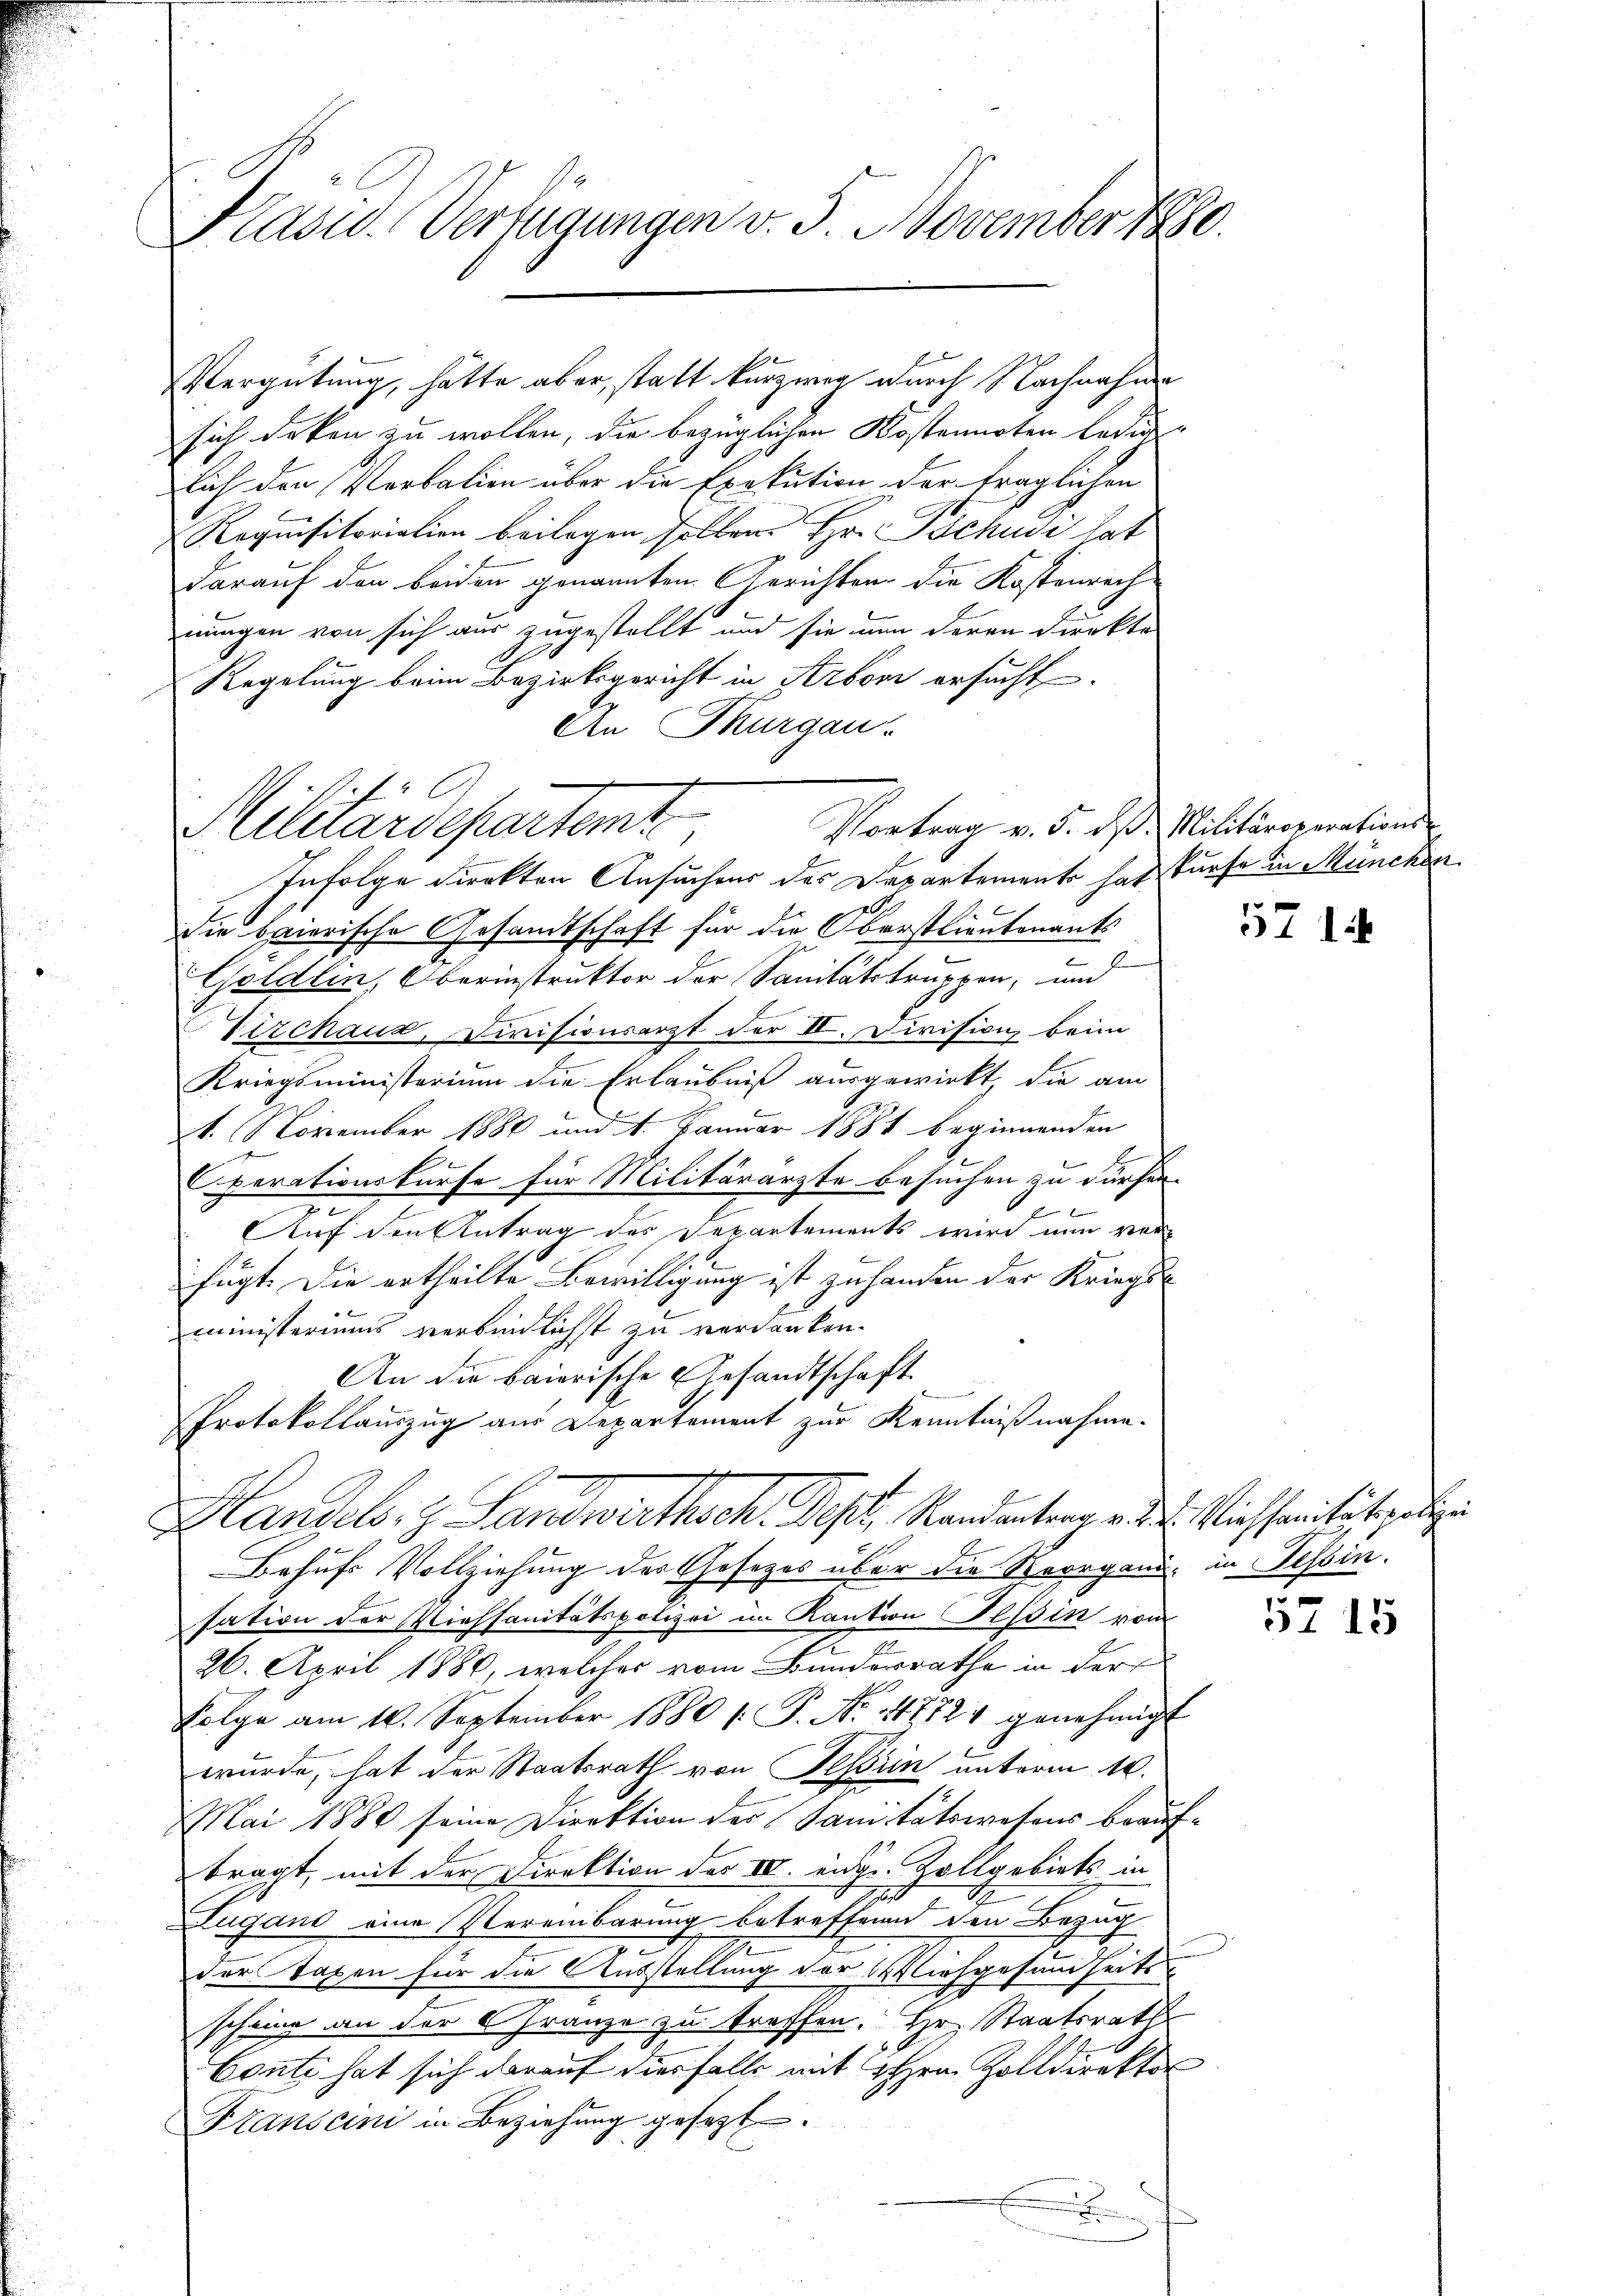
Präsid. Verfügungen v. 3. November 1880.

sich deken zu wollen, die bezüglichen Kostennoten ledig
lich den Verbalien über die Exekution der fraglichen
Requisitoriation beilagen sollen. Hr. Tschudi hat
darauf den beiden genannten Gerichten die Kostenrech-
nungen von sich aus zugestellt und sie um deren Direkte
Regelung beim Bezirksgericht in Arboni ersucht
An Thurgau.
Infolge direkten Ansuchens des Departements hat dürfe in München.
die baierische Gesandtschaft für die Oberstlieutenants
Göldlin, Oberinstruktor der Sanitätstruppen, und
Vizchaus, Divisionsarzt der II. Division beim
Kriegsministerium die Erlaubniß ausgewirkt, die am
1. November 1880 und 4. Januar 1881 beginnenden
Ferationskurse für Militärarzte besuchen zu dürfen.
 x
Auf den Antrag des Departements wird nun verfügt. Die ertheilte Bewilligung ist zu handen der Kriegsministeriums verbindlichst zu verdanken.
An die baierische Gesandtschaft
n
Protokollauszug aus Departement zur Kenntnißnahme.
Handels. z. Landwirthsch, Pest, Randantrag v. Wiessentistigen
Behufs Vollziehung des Gesezes über die Sorgend, in Tessin.
sation der Viehsanitätspolizei im Kaution Tessin vom
26. April 1880, welches vom Bunderrathe in der
Folge am 16. September 1880 /: P. Nr. 117724 genehmigt
wurde, hat der Staatsrath von Festrin unterm 16.
Mai 1880 seine Direktion der Sanitätswesens beauf¬
E
tragt, mit der Direktion des IV. einge-Zollgebiets in
Zugano eine Vereinbarung betreffend den Bezug
der Taxen für die Ausstellung der Miehgesundheits
scheine an der Franze zu treffen. Hr. Staatsrath
Connte hat sich darauf diesfalls mit Hrn. Zolldirektor
Htanscini in Beziehung gesezt.
.

Vergütung, hätte aber, statt kurzweg durch Nachnahme

Militärdepartent
Vortrag v. 5. ds. Militäroperations-

571.

5715